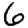
Digit: 6